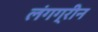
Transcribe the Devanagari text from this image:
लंगग्रीन